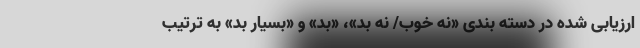
ارزیابی شده در دسته بندی «نه خوب/ نه بد»، «بد» و «بسیار بد» به ترتیب